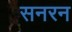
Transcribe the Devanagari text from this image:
सनरन